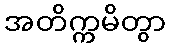
အတိက္ကမိတွာ